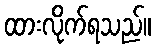
ထားလိုက်ရသည်။